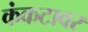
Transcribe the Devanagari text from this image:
कंकटावर